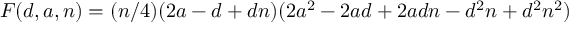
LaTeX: F ( d , a , n ) = ( n / 4 ) ( 2 a - d + d n ) ( 2 a ^ { 2 } - 2 a d + 2 a d n - d ^ { 2 } n + d ^ { 2 } n ^ { 2 } )